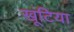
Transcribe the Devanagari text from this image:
खूंटिया